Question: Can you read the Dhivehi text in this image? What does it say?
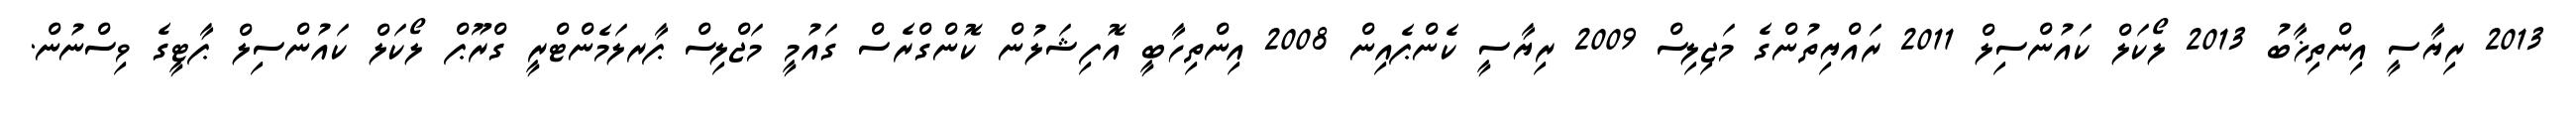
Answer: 2013 ރިޔާސީ އިންތިޚާބު 2013 ލޯކަލް ކައުންސިލް 2011 ރައްޔިތުންގެ މަޖިލިސް 2009 ރިޔާސީ ކެންޕެއިން 2008 އިންތިހާބީ އޮފިޝަލުން ކޮންގްރެސް ގައުމީ މަޖްލިސް ޕާރލަމެންޓްރީ ގްރޫޕް ލޯކަލް ކައުންސިލް ޕާޓީގެ ވިސްނުން.